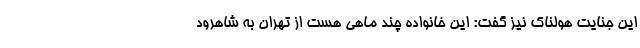
این جنایت هولناک نیز گفت: این خانواده چند ماهی هست از تهران به شاهرود